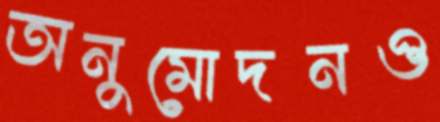
অনুমোদনও